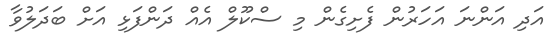
އަދި އަންނަ އަހަރުން ފެށިގެން މި ސްކޫލް އެއް ދަންފަޅި އަށް ބަދަލުވާ